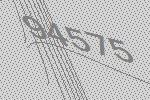
94575